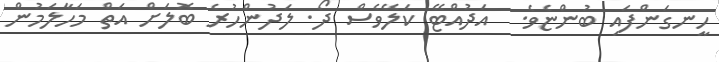
ހީނގަންފައި ބުންޏެވެ.  އަދުއްޓޭ ކަލޭވެސް ދޯ. ލަދުންހުރެ ބޮލަށް އަތް މަހާލަމުން